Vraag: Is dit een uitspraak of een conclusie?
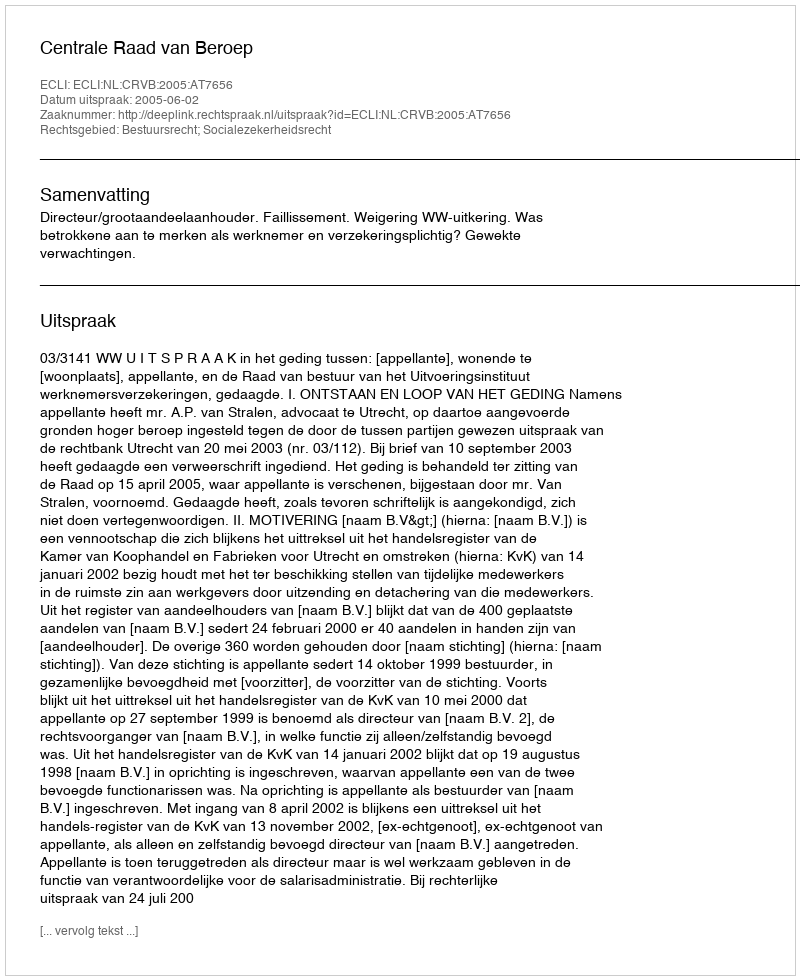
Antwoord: Uitspraak